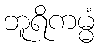
ဘူရိကမ္မံ